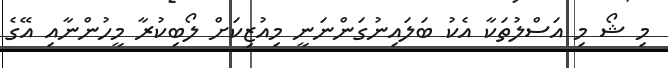
މި ޝޯ މި އަސްލުތަކާ އެކު ބަލައިނުގަންނަނީ މިއުޒިކަށް ލޯބިކުރާ މީހުންނާއި އޭގެ